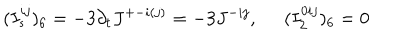
LaTeX: ( I _ { s } ^ { i j } ) _ { 6 } = - 3 \partial _ { t } J ^ { + - i ( j ) } = - 3 J ^ { - i j } , \; \; ( I _ { 2 } ^ { 0 i j } ) _ { 6 } = 0